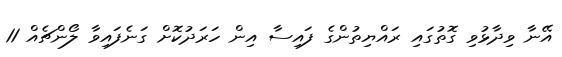
އޭނާ ވިދާޅުވި ގޮތުގައި ރައްޔިތުންގެ ފައިސާ އިން ހަރަދުކޮށް ގަނެފައިވާ ލޯންޗެއް 11